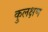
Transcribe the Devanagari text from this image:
कुलक्षण